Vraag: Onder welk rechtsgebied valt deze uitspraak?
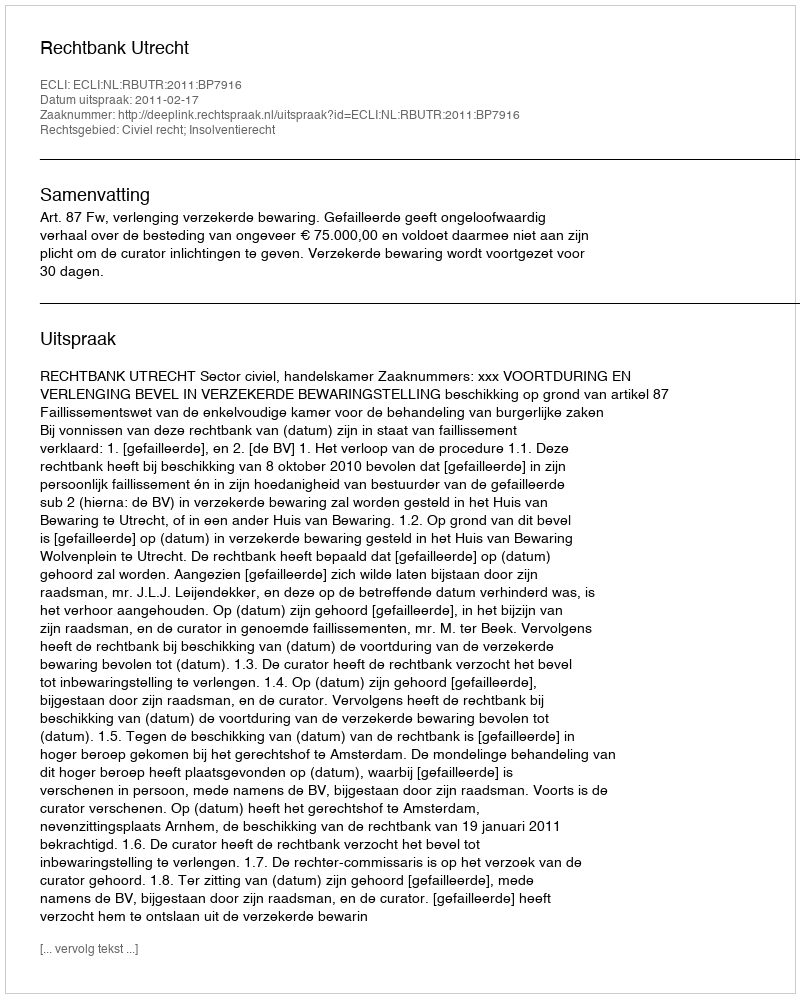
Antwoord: Civiel recht; Insolventierecht